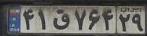
۴۱ق۷۶۴۲۹